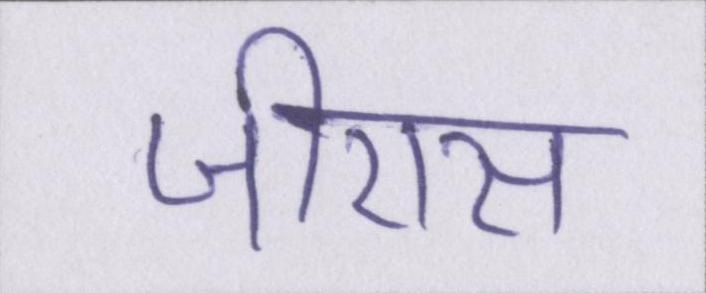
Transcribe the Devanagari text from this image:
जीएस